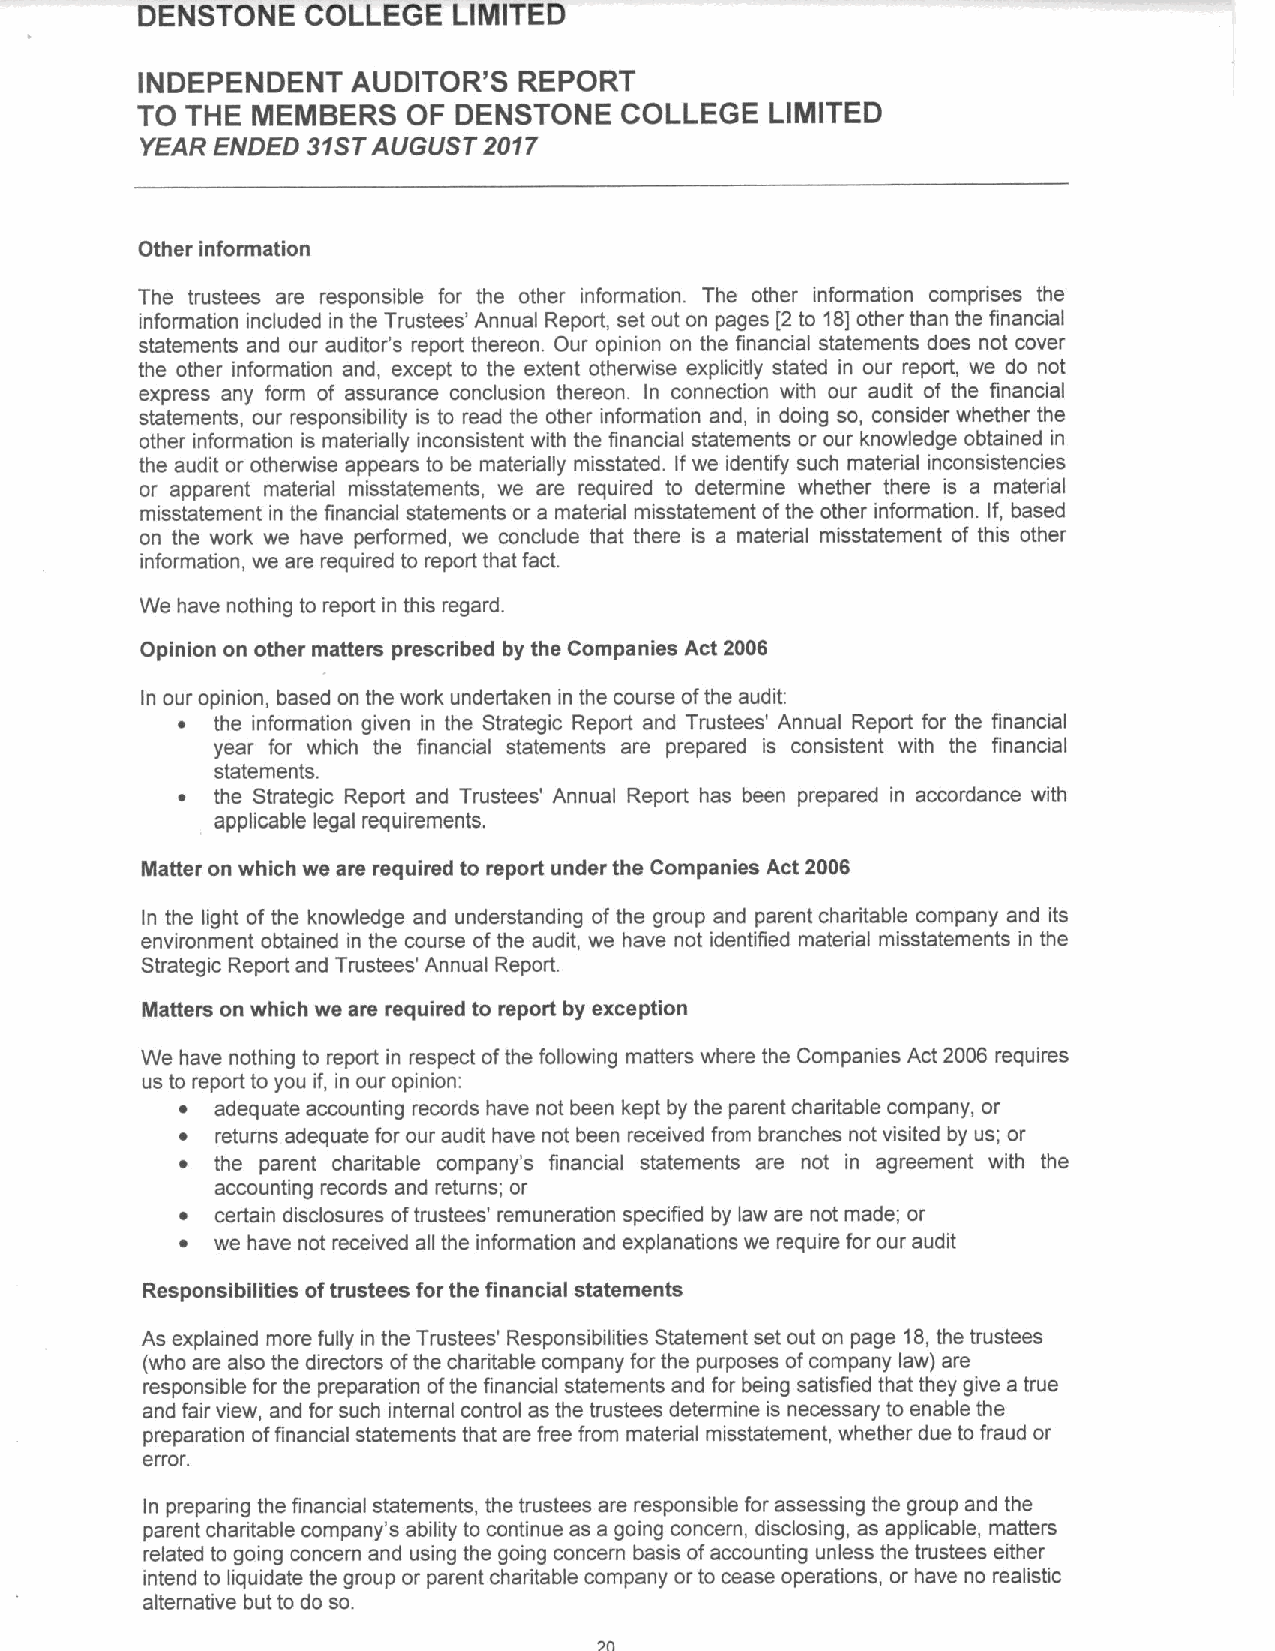
DENSTONE   COLLEGE   LIMITED
 INDEPENDENT   AUDITOR'S  REPORT
 TO THE  MEMBERS   OF DENSTONE   COLLEGE   LIMITED
 YEAR ENDED 31STAUGUST  2017
 Other information
 The trustees are responsible for the other information. The other information comprises the
 information included in the Trustees' Annual Report, set out on pages [2to 18]other than the financial
 statements and our auditor's report thereon. Our opinion on the financial statements does not cover
 the other information and, except to the extent otherwise explicitly stated in our report, we do not
 express any form of assurance conclusion thereon. In connection with our audit of the financial
 statements, our responsibility is to read the other information and, in doing so, consider whether the
 other information is materially inconsistent with the financial statements or our knowledge obtained in
 the audit or otherwise appears to be materially misstated. Ifwe identify such material inconsistencies
 or apparent material misstatements, we are required to determine whether there is a material
 misstatement in the financial statements or a material misstatement ofthe other information. If, based
 on the work we have performed, we conclude that there is a material misstatement of this other
 information, we are required to report that fact.
 We have nothing to report in this regard.
 Opinion on other matters prescribed by the Companies Act 2006
 In our opinion, based on the work undertaken in the course ofthe audit:
 ~ the information given in the Strategic Report and Trustees' Annual Report for the financial
 year for which the financial statements are prepared is consistent with the financial
 statements.
 ~ the Strategic Report and Trustees' Annual Report has been prepared in accordance with
 applicable legal requirements.
 Matter on which we are required to report under the Companies Act 2006
 In the light of the knowledge and understanding of the group and parent charitable company and its
 environment obtained in the course ofthe audit, we have not identified material misstatements in the
 Strategic Report and Trustees' Annual Report.
 Matters on which we are required to report by exception
 We have nothing to report in respect ofthe following matters where the Companies Act 2008 requires
 us to report to you if, in our opinion:
 ~ adequate accounting records have not been kept by the parent charitable company, or
 ~ returns adequate for our audit have not been received from branches not visited by us; or
 ~ the parent charitable company's financial statements are not in agreement with the
 accounting records and returns; or
 ~ certain disclosures oftrustees' remuneration specified by law are not made; or
 ~ we have not received all the information and explanations we require for our audit
 Responsibilities oftrustees for the financial statements
 As explained more fully in the Trustees' Responsibilities Statement set out on page 18,the trustees
 (who are also the directors ofthe charitable company for the purposes ofcompany law) are
 responsible for the preparation ofthe financial statements and for being satisfied that they give a true
 and fair view, and for such internal control as the trustees determine is necessary to enable the
 preparation offinancial statements that are free from material misstatement, whether due to fraud or
 error.
 In preparing the financial statements, the trustees are responsible for assessing the group and the
 parent charitable company's ability to continue as a going concern, disclosing, as applicable, matters
 related to going concern and using the going concern basis ofaccounting unless the trustees either
 intend to liquidate the group or parent charitable company or to cease operations, or have no realistic
 alternative but to do so.